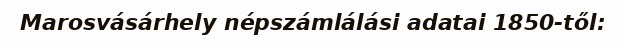
Marosvásárhely népszámlálási adatai 1850-től: